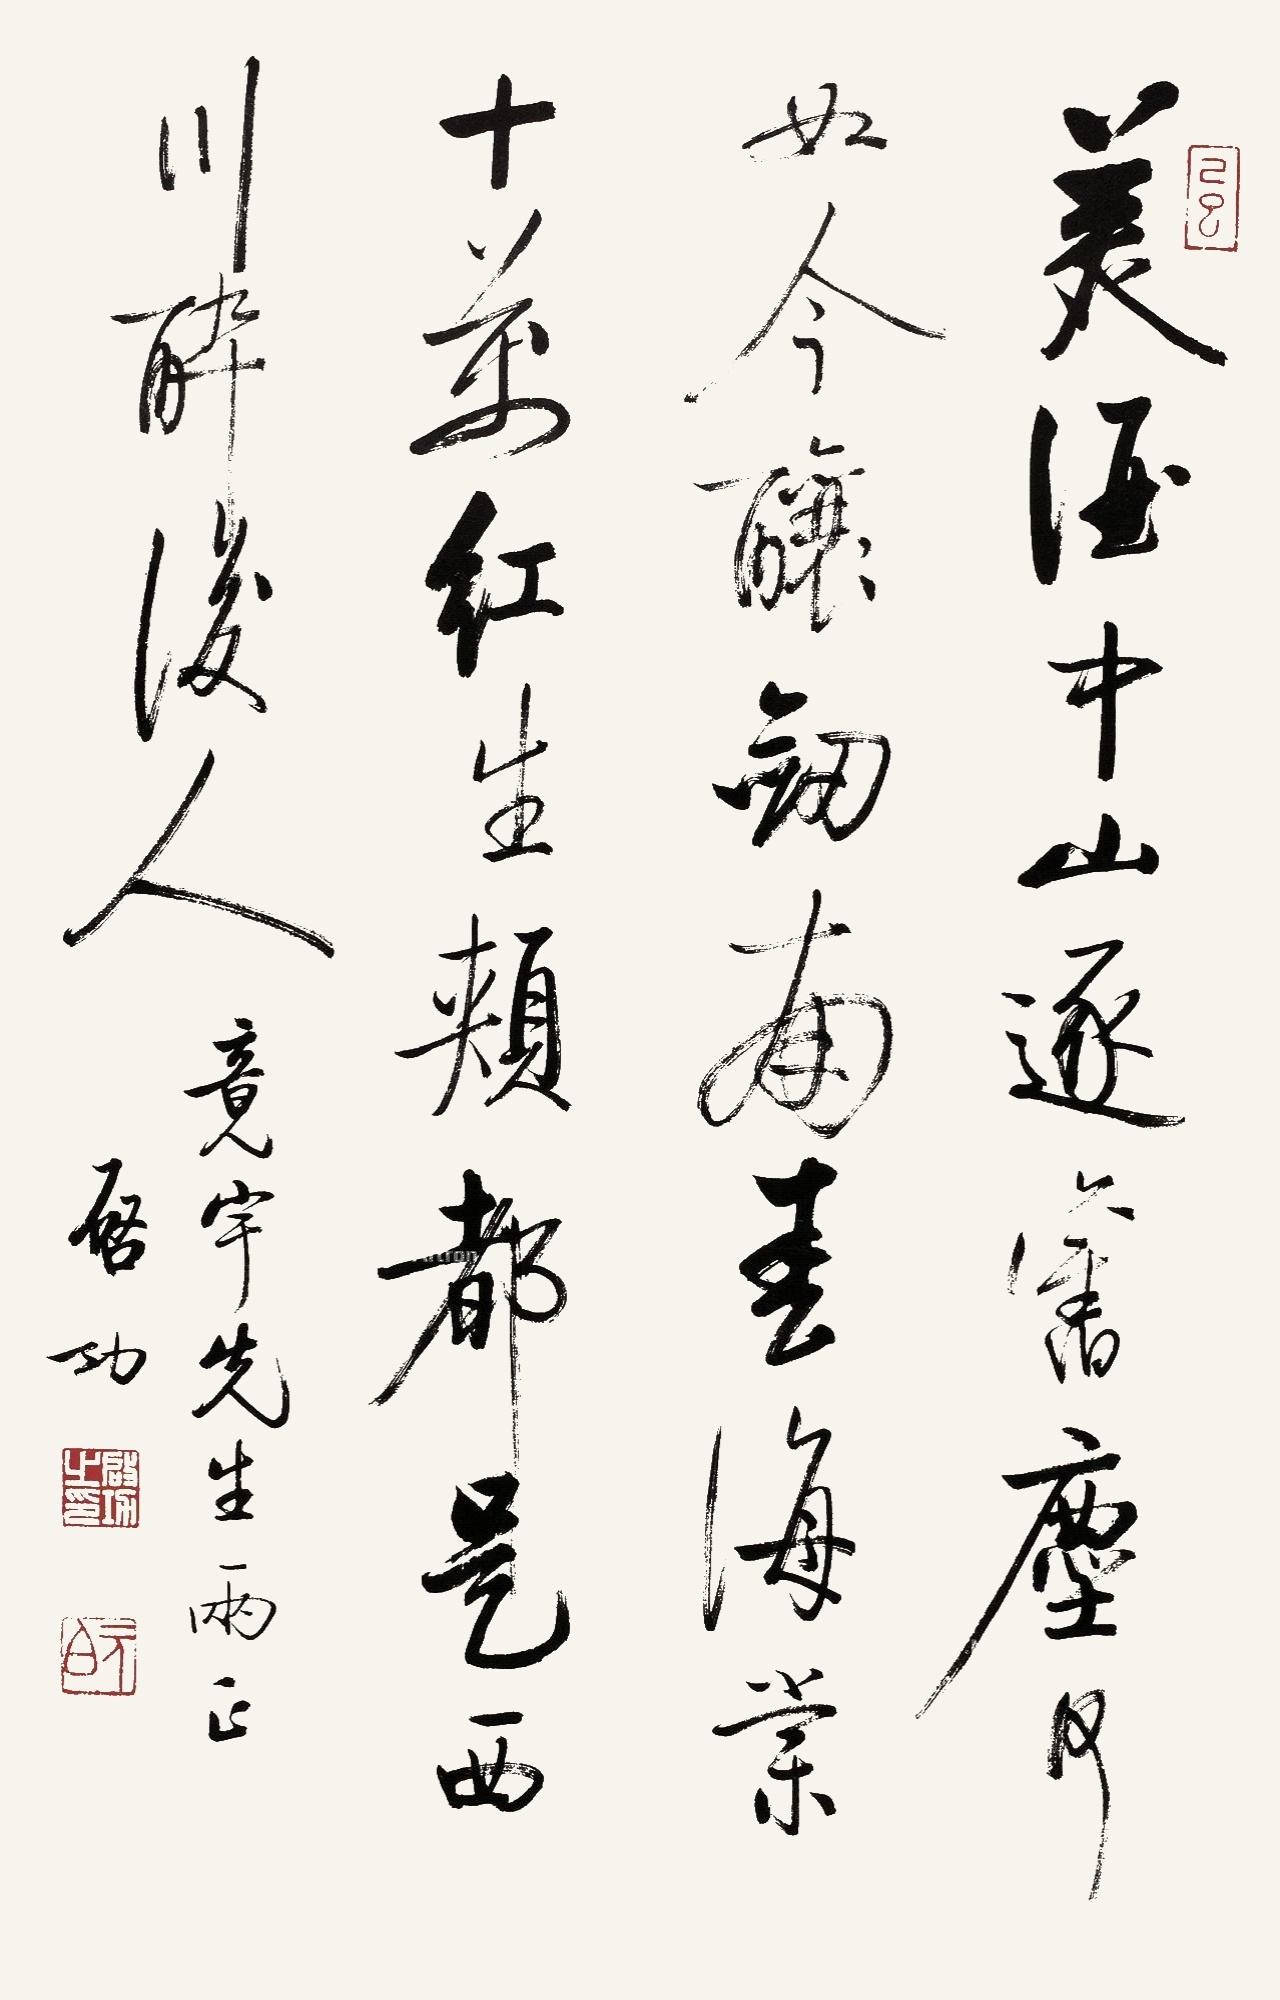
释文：美酒中山逐旧尘，何如今酿剑南春。海棠十万红生颊，都是西川醉后人。竟宇先生两正，启功。